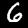
Digit: 6